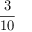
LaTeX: \frac { 3 } { 1 0 }